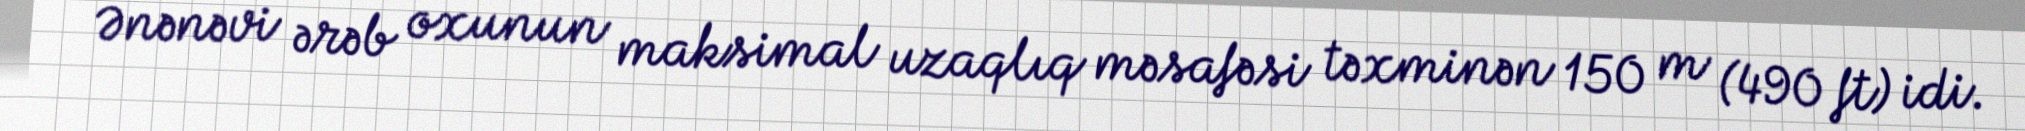
Ənənəvi ərəb oxunun maksimal uzaqlıq məsafəsi təxminən 150 m (490 ft) idi.